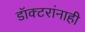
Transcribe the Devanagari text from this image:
डॉक्टरांनाही